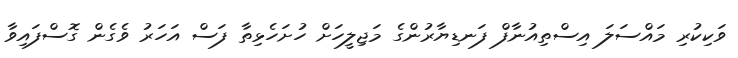
ވަކިކުރި މައްސަލަ އިސްތިއުނާފް ފަނޑިޔާރުންގެ މަޖިލީހަށް ހުށަހެޅިތާ ފަސް އަހަރު ވެގެން ގޮސްފައިވާ